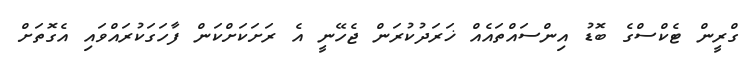
ގްރީން ޓެކްސްގެ ބޮޑު އިންސައްތައެއް ޚަރަދުކުރަން ޖެހޭނީ އެ ރަށަކަށްކަން ފާހަގަކުރައްވައި އެގޮތަށް